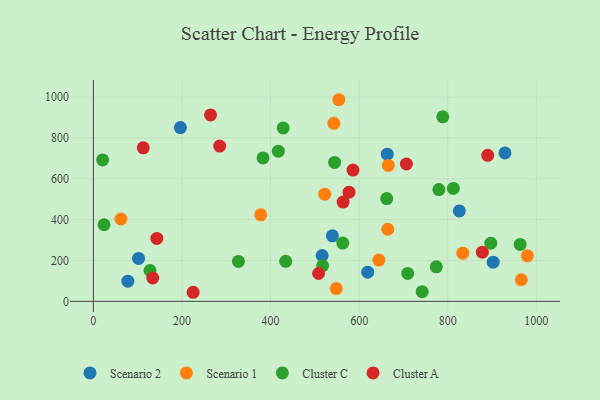
{"axis": {"x": "Engine Size", "y": "Sales"}, "legend": ["Cluster A", "Cluster C", "Scenario 1", "Scenario 2"], "data": [{"x": "826.2", "y": 442.6, "type": "Scenario 2"}, {"x": "539.6", "y": 320.7, "type": "Scenario 2"}, {"x": "77.8", "y": 98.7, "type": "Scenario 2"}, {"x": "929.2", "y": 726.9, "type": "Scenario 2"}, {"x": "663.5", "y": 720.5, "type": "Scenario 2"}, {"x": "196.5", "y": 850.7, "type": "Scenario 2"}, {"x": "102.0", "y": 210.1, "type": "Scenario 2"}, {"x": "516.5", "y": 224.5, "type": "Scenario 2"}, {"x": "902.6", "y": 191.7, "type": "Scenario 2"}, {"x": "619.3", "y": 142.8, "type": "Scenario 2"}, {"x": "377.8", "y": 423.6, "type": "Scenario 1"}, {"x": "554.2", "y": 987.2, "type": "Scenario 1"}, {"x": "543.0", "y": 871.6, "type": "Scenario 1"}, {"x": "548.4", "y": 62.4, "type": "Scenario 1"}, {"x": "664.6", "y": 352.9, "type": "Scenario 1"}, {"x": "979.8", "y": 222.8, "type": "Scenario 1"}, {"x": "62.3", "y": 403.3, "type": "Scenario 1"}, {"x": "665.7", "y": 665.5, "type": "Scenario 1"}, {"x": "644.6", "y": 201.9, "type": "Scenario 1"}, {"x": "522.3", "y": 524.5, "type": "Scenario 1"}, {"x": "834.0", "y": 235.8, "type": "Scenario 1"}, {"x": "966.2", "y": 105.7, "type": "Scenario 1"}, {"x": "434.2", "y": 195.9, "type": "Cluster C"}, {"x": "544.6", "y": 680.0, "type": "Cluster C"}, {"x": "20.9", "y": 692.6, "type": "Cluster C"}, {"x": "127.8", "y": 151.1, "type": "Cluster C"}, {"x": "417.6", "y": 735.4, "type": "Cluster C"}, {"x": "563.0", "y": 285.3, "type": "Cluster C"}, {"x": "788.8", "y": 903.5, "type": "Cluster C"}, {"x": "662.3", "y": 503.4, "type": "Cluster C"}, {"x": "383.0", "y": 702.2, "type": "Cluster C"}, {"x": "812.6", "y": 553.0, "type": "Cluster C"}, {"x": "897.2", "y": 285.0, "type": "Cluster C"}, {"x": "780.0", "y": 547.3, "type": "Cluster C"}, {"x": "709.6", "y": 136.8, "type": "Cluster C"}, {"x": "774.2", "y": 168.9, "type": "Cluster C"}, {"x": "742.3", "y": 47.1, "type": "Cluster C"}, {"x": "963.5", "y": 278.6, "type": "Cluster C"}, {"x": "24.1", "y": 375.1, "type": "Cluster C"}, {"x": "428.5", "y": 848.9, "type": "Cluster C"}, {"x": "327.5", "y": 195.4, "type": "Cluster C"}, {"x": "517.6", "y": 174.3, "type": "Cluster C"}, {"x": "134.1", "y": 114.2, "type": "Cluster A"}, {"x": "285.2", "y": 760.2, "type": "Cluster A"}, {"x": "508.4", "y": 136.4, "type": "Cluster A"}, {"x": "563.8", "y": 485.9, "type": "Cluster A"}, {"x": "112.6", "y": 751.9, "type": "Cluster A"}, {"x": "143.3", "y": 308.3, "type": "Cluster A"}, {"x": "890.3", "y": 715.2, "type": "Cluster A"}, {"x": "706.7", "y": 672.6, "type": "Cluster A"}, {"x": "586.1", "y": 642.6, "type": "Cluster A"}, {"x": "878.1", "y": 240.9, "type": "Cluster A"}, {"x": "225.2", "y": 44.4, "type": "Cluster A"}, {"x": "264.5", "y": 912.6, "type": "Cluster A"}, {"x": "577.2", "y": 534.6, "type": "Cluster A"}]}